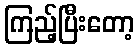
ကြည့်ပြီးတော့